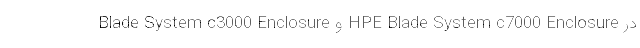
Blade System c3000 Enclosure و HPE Blade System c7000 Enclosure در